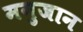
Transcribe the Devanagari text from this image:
मनुजान